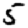
Digit: 5